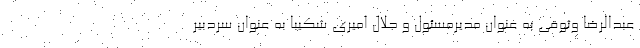
عبدالرضا وثوقی به عنوان مدیرمسئول و جلال امیری شکیبا به عنوان سردبیر